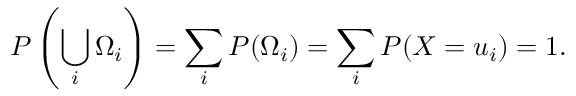
P \left( \bigcup _ { i } \Omega _ { i } \right) = \sum _ { i } P ( \Omega _ { i } ) = \sum _ { i } P ( X = u _ { i } ) = 1 .